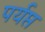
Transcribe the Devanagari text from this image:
पर्यप्त